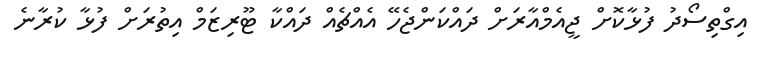
އިގްތިސޯދު ފުޅާކޮށް ޖީއެމްއާރަށް ދައްކަންޖެހޭ އެއްޗެއް ދައްކާ ޓޫރިޒަމް އިތުރަށް ފުޅާ ކުރާނެ